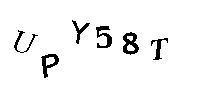
UPY58T